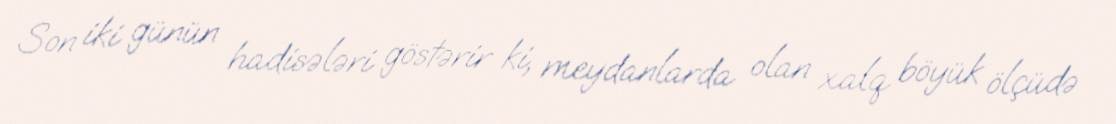
Son iki günün hadisələri göstərir ki, meydanlarda olan xalq böyük ölçüdə